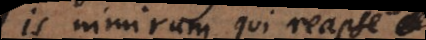
is nimirum qui reapse